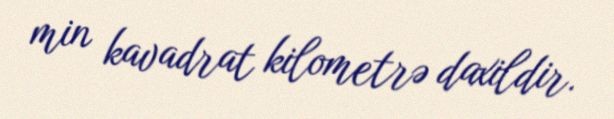
min kavadrat kilometrə daxildir.